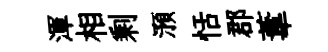
渾相剩澦恬郡葦